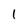
Character: 1